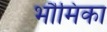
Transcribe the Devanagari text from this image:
भौमिका